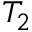
T _ { 2 }